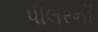
પીલરની